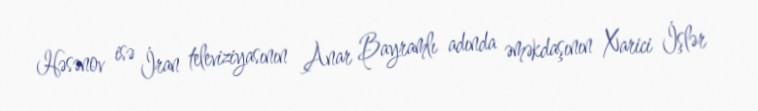
Həsənov isə İran televiziyasının Anar Bayramlı adında əməkdaşının Xarici İşlər